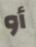
أو